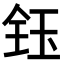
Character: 𬍟